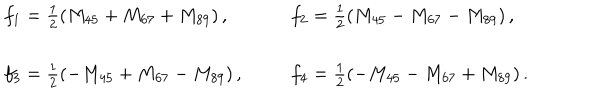
LaTeX: \begin{array} { l l } { { f _ { 1 } = \frac { 1 } { 2 } ( M _ { 4 5 } + M _ { 6 7 } + M _ { 8 9 } ) \, , } } & { { f _ { 2 } = \frac { 1 } { 2 } ( M _ { 4 5 } - M _ { 6 7 } - M _ { 8 9 } ) \, , } } \\ { { { } } } & { { { } } } \\ { { f _ { 3 } = \frac { 1 } { 2 } ( - M _ { 4 5 } + M _ { 6 7 } - M _ { 8 9 } ) \, , } } & { { f _ { 4 } = \frac { 1 } { 2 } ( - M _ { 4 5 } - M _ { 6 7 } + M _ { 8 9 } ) \, . } } \\ \end{array}